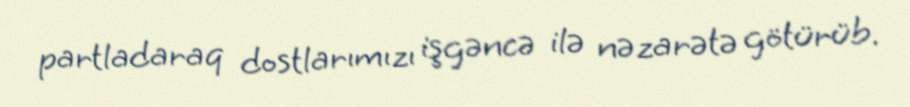
partladaraq dostlarımızı işgəncə ilə nəzarətə götürüb.